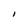
Character: I